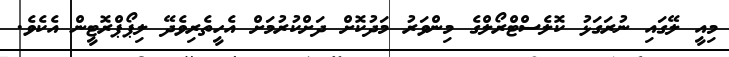
މިއީ ލޭގައި ނުރަގަޅު ކޮލެސްޓްރޯލްގެ މިންވަރު މަދުކޮށް ދަށްކުރުމަށް އެހީތެރިވެދޭ ލިޕޯޕްރޮޓީން އެކެވެ.